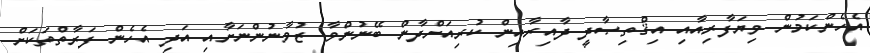
އެހެންކަމުން ވިޔަފާރިއާއި އިޤްތިޞާދީ ދާއިރާއިން ކުރިއަށްދާން ބޭނުންވާ ޒުވާނުންނަށާއި އަދި އެހެން ފަރާތްތަކަށް